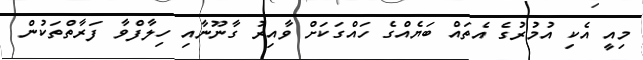
މިއީ އެކި އުމުރުގެ އެތައް ބަޔެއްގެ ހައްގަކަށް ވާއިރު ގާނޫނާއި ހިލާފްވާ ފަރާތްތަކުން